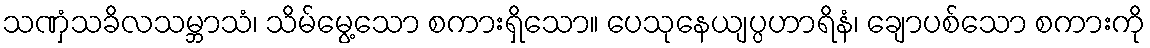
သဏှံသခိလသမ္ဘာသံ၊ သိမ်မွေ့သော စကားရှိသော။ ပေသုနေယျပ္ပဟာရိနံ၊ ချောပစ်သော စကားကို